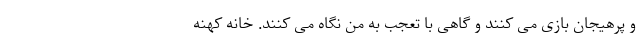
و پرهیجان بازی می کنند و گاهی با تعجب به من نگاه می کنند. خانه کهنه